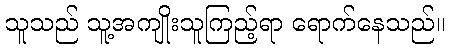
သူသည် သူ့အကျိုးသူကြည့်ရာ ရောက်နေသည်။